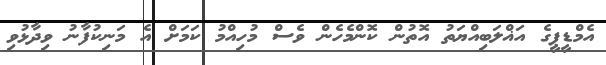
އެމްޑީޕީގެ އަޣްލަބިއްޔަތު އޮތުން ކޮންމެހެން ވެސް މުހިއްމު ކަމަށް އެ މަނިކުފާނު ވިދާޅުވި